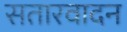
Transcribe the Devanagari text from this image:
सतारवादन